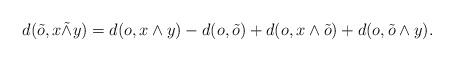
LaTeX: \begin{align*}d(\tilde{o},x\tilde{\wedge}y)=d(o,x\wedge y)-d(o,\tilde{o})+d(o,x\wedge\tilde{o})+d(o,\tilde{o}\wedge y). \end{align*}